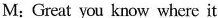
M:Great you know where it